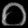
Digit: ၀